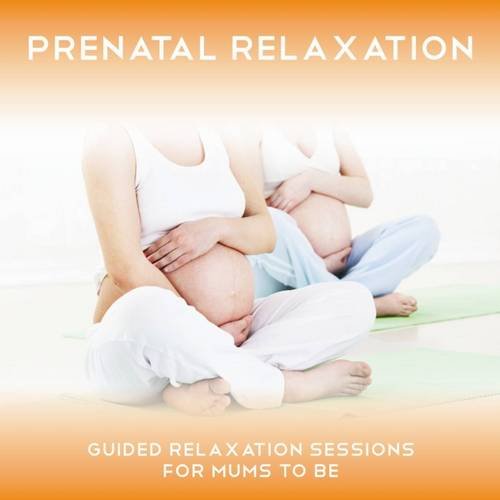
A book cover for Prenatal Relaxation: Instructional Prenatal Relaxation Class; Sue Fuller; Health, Fitness & Dieting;